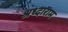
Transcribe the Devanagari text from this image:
श्रध्दाराम